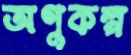
অণুকল্প